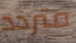
متردد